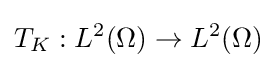
T_{K}:L^{2}(\Omega )\to L^{2}(\Omega )